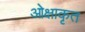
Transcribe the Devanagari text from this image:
ओक्षाकृत